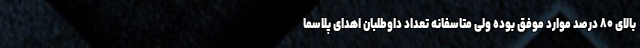
بالای ۸۰ درصد موارد موفق بوده ولی متاسفانه تعداد داوطلبان اهدای پلاسما